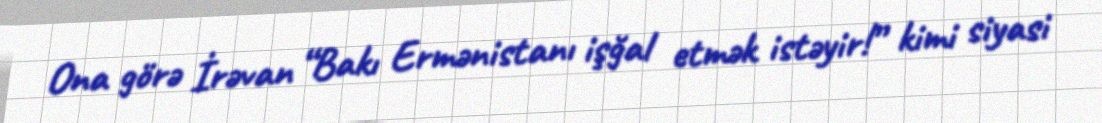
Ona görə İrəvan “Bakı Ermənistanı işğal etmək istəyir!” kimi siyasi